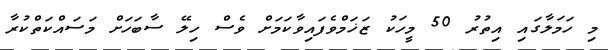
މި ހަމަލާގައި އިތުރު 50 މީހަކު ޒަޚަމްވެފައިވާކަމަށް ވެސް ހިލޭ ސާބަހަށް މަސައްކަތްކުރާ